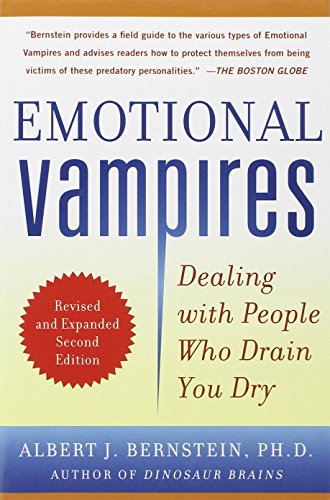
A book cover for Emotional Vampires: Dealing with People Who Drain You Dry, Revised and Expanded 2nd Edition; Albert Bernstein; Health, Fitness & Dieting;